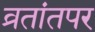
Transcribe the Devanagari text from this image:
व्रतांतपर